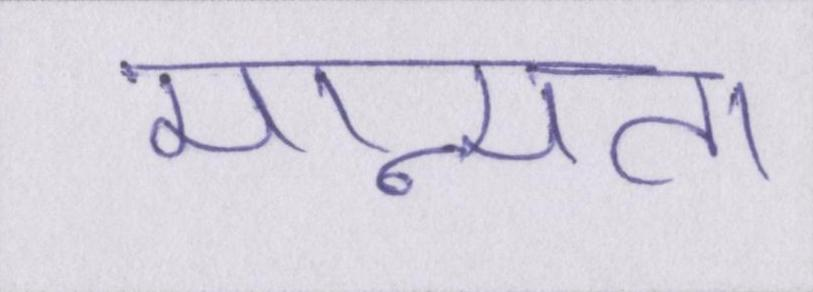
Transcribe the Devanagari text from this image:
मान्यता